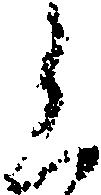
く